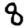
Digit: 8